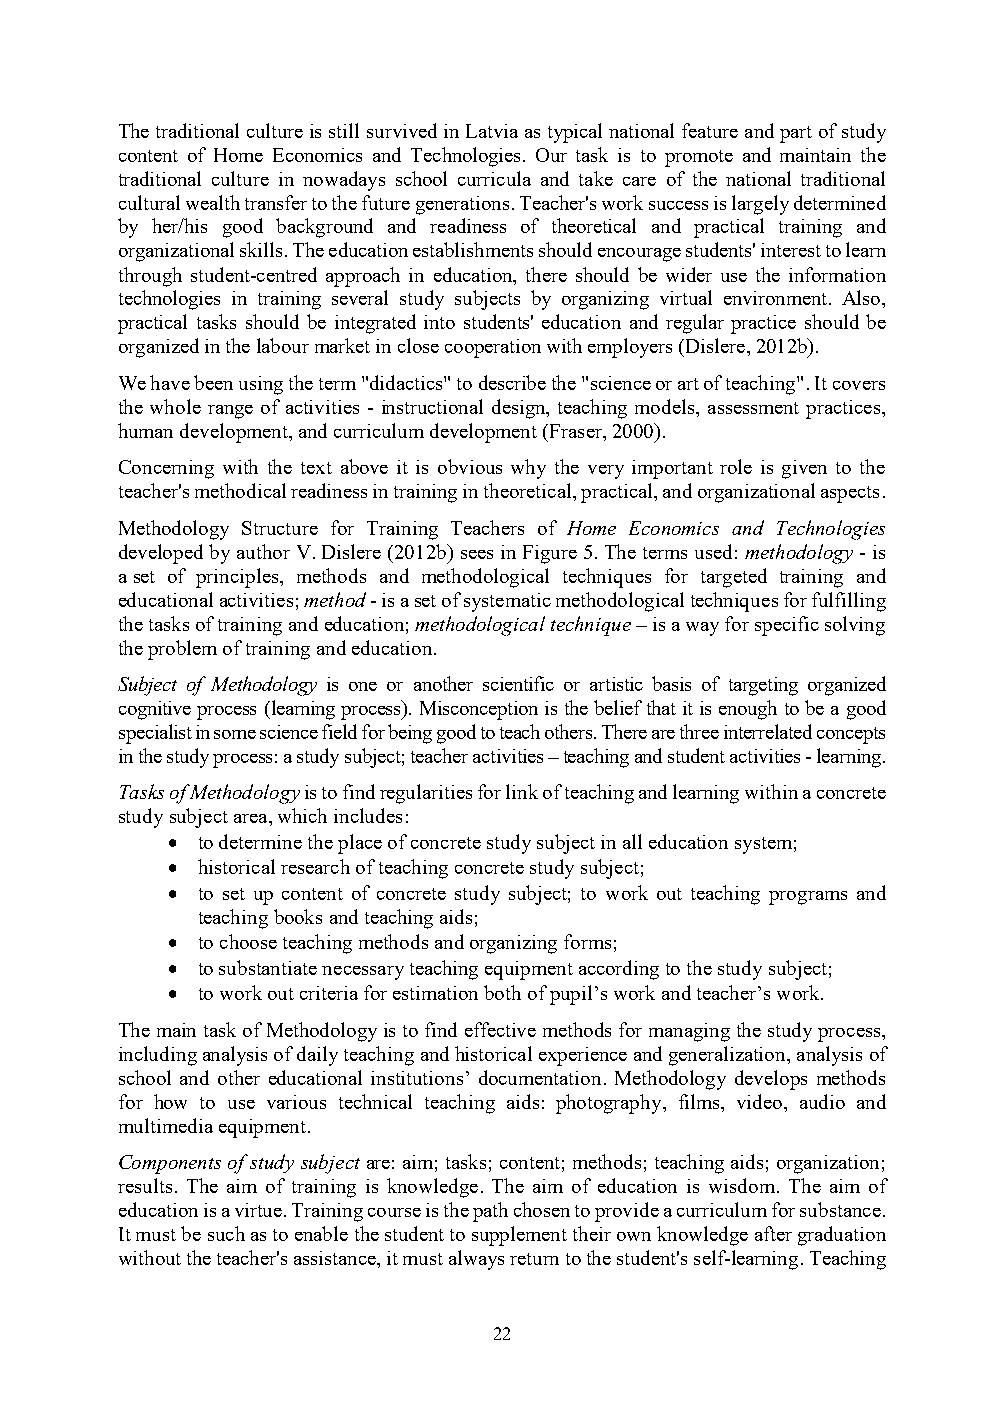
The traditional culture is still survived in Latvia as typical national feature and part of study
 content of Home Economics and Technologies. Our task is to promote and maintain the
 traditional culture in nowadays school curricula and take care of the national traditional
 cultural wealth transfer to the future generations. Teacher's work success is largely determined
 by her/his good background and readiness of theoretical and practical training and
 organizational skills. The education establishments should encourage students' interest to learn
 through student-centred approach in education, there should be wider use the information
 technologies in training several study subjects by organizing virtual environment. Also,
 practical tasks should be integrated into students' education and regular practice should be
 organized in the labour market in close cooperation with employers (Dislere, 2012b).
 We have been using the term "didactics" to describe the "science or art of teaching". It covers
 the whole range of activities - instructional design, teaching models, assessment practices,
 human development, and curriculum development (Fraser, 2000).
 Concerning with the text above it is obvious why the very important role is given to the
 teacher's methodical readiness in training in theoretical, practical, and organizational aspects.
 Methodology Structure for Training Teachers of Home Economics and Technologies
 developed by author V. Dislere (2012b) sees in Figure 5. The terms used: methodology - is
 a set of principles, methods and methodological techniques for targeted training and
 educational activities; method - is a set of systematic methodological techniques for fulfilling
 the tasks of training and education; methodological technique – is a way for specific solving
 the problem of training and education.
 Subject of Methodology is one or another scientific or artistic basis of targeting organized
 cognitive process (learning process). Misconception is the belief that it is enough to be a good
 specialist in some science field for being good to teach others. There are three interrelated concepts
 in the study process: a study subject; teacher activities – teaching and student activities - learning.
 Tasks of Methodology is to find regularities for link of teaching and learning within a concrete
 study subject area, which includes:
 • to determine the place of concrete study subject in all education system;
 • historical research of teaching concrete study subject;
 • to set up content of concrete study subject; to work out teaching programs and
 teaching books and teaching aids;
 • to choose teaching methods and organizing forms;
 • to substantiate necessary teaching equipment according to the study subject;
 • to work out criteria for estimation both of pupil’s work and teacher’s work.
 The main task of Methodology is to find effective methods for managing the study process,
 including analysis of daily teaching and historical experience and generalization, analysis of
 school and other educational institutions’ documentation. Methodology develops methods
 for how to use various technical teaching aids: photography, films, video, audio and
 multimedia equipment.
 Components of study subject are: aim; tasks; content; methods; teaching aids; organization;
 results. The aim of training is knowledge. The aim of education is wisdom. The aim of
 education is a virtue. Training course is the path chosen to provide a curriculum for substance.
 It must be such as to enable the student to supplement their own knowledge after graduation
 without the teacher's assistance, it must always return to the student's self-learning. Teaching
 22